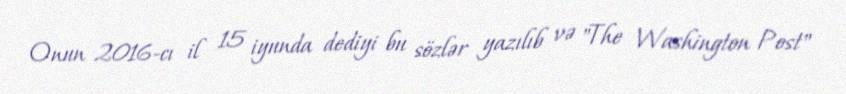
Onun 2016-cı il 15 iyunda dediyi bu sözlər yazılıb və "The Washington Post"